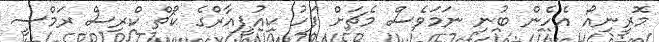
މޮރީނިއޯ އެހެން ބުނި ނަމަވެސް މެޗަށް ފަހު ކިއުޕީއާރްގެ ކޯޗް ކްރިސް ރަމްސީ